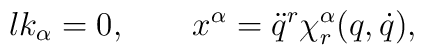
\l{k}_\alpha = 0, \qquad x^\alpha = \ddot q^r \chi^\alpha_r (q,\dot q) ,